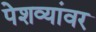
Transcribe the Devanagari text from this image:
पेशव्यांवर